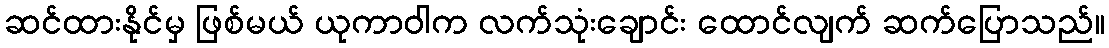
ဆင်ထားနိုင်မှ ဖြစ်မယ် ယုကာဝါက လက်သုံးချောင်း ထောင်လျက် ဆက်ပြောသည်။